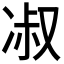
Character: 𭂑